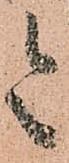
令